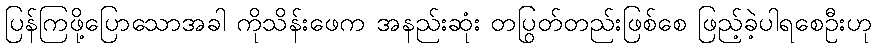
ပြန်ကြဖို့ပြောသောအခါ ကိုသိန်းဖေက အနည်းဆုံး တပြွတ်တည်းဖြစ်စေ ဖြည့်ခဲ့ပါရစေဦးဟု